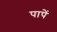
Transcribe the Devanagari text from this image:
पापें